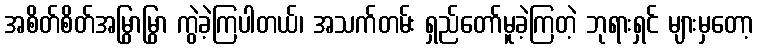
အစိတ်စိတ်အမြွာမြွာ ကွဲခဲ့ကြပါတယ်၊ အသက်တမ်း ရှည်တော်မူခဲ့ကြတဲ့ ဘုရားရှင် များမှတော့